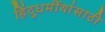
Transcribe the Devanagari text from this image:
हिंदुधर्मीयांसाठी